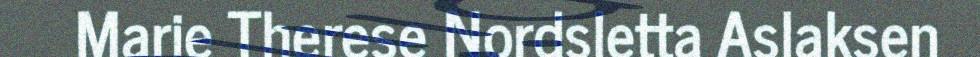
Marie Therese Nordsletta Aslaksen